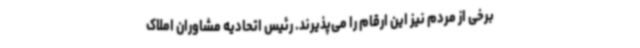
برخی از مردم نیز این ارقام را می‌پذیرند. رئیس اتحادیه مشاوران املاک